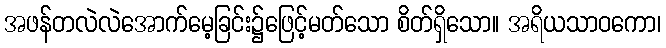
အဖန်တလဲလဲအောက်မေ့ခြင်း၌ဖြေင့်မတ်သော စိတ်ရှိသော။ အရိယသာဝကော၊